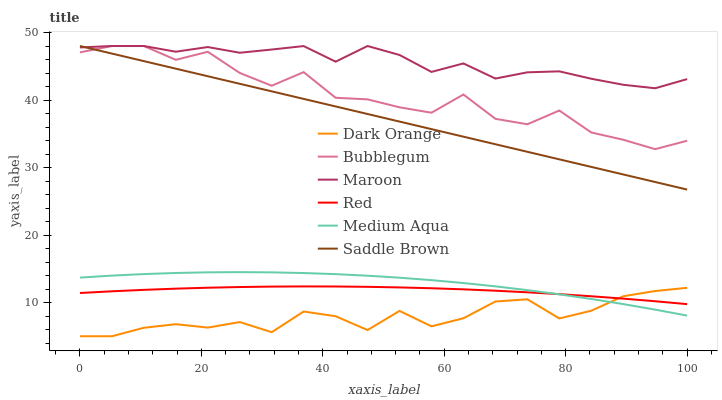
| xaxis_label | Dark Orange | Bubblegum | Maroon | Red | Medium Aqua | Saddle Brown |
 | --- | --- | --- | --- | --- | --- | --- |
 | 0 | 5 | 47.1 | 47.8 | 11.4 | 13.7 | 48 |
 | 5.26 | 5 | 48 | 48 | 11.7 | 14 | 46.9 |
 | 10.5 | 6.26 | 48 | 48 | 11.9 | 14.2 | 45.8 |
 | 15.8 | 6.79 | 46 | 47.2 | 12.1 | 14.4 | 44.6 |
 | 21.1 | 6.28 | 47.1 | 47.8 | 12.2 | 14.5 | 43.5 |
 | 26.3 | 7.1 | 44 | 47 | 12.3 | 14.5 | 42.4 |
 | 31.6 | 5.6 | 42.1 | 47.5 | 12.4 | 14.5 | 41.3 |
 | 36.8 | 8.66 | 44.1 | 48 | 12.4 | 14.4 | 40.2 |
 | 42.1 | 7.97 | 40.3 | 45.7 | 12.4 | 14.2 | 39 |
 | 47.4 | 5.92 | 40.1 | 48 | 12.3 | 14 | 37.9 |
 | 52.6 | 8.76 | 38.9 | 46.7 | 12.2 | 13.7 | 36.8 |
 | 57.9 | 6.47 | 38.1 | 44.2 | 12.1 | 13.3 | 35.7 |
 | 63.2 | 7.67 | 40.8 | 45.4 | 11.9 | 12.9 | 34.6 |
 | 68.4 | 10.1 | 37.2 | 43.2 | 11.7 | 12.4 | 33.4 |
 | 73.7 | 10.5 | 36.4 | 44.1 | 11.5 | 11.8 | 32.3 |
 | 78.9 | 7.64 | 38.4 | 44.2 | 11.2 | 11.2 | 31.2 |
 | 84.2 | 8.78 | 35.2 | 43.2 | 10.9 | 10.5 | 30.1 |
 | 89.5 | 10.9 | 34.1 | 42.3 | 10.6 | 9.77 | 29 |
 | 94.7 | 11.7 | 32.7 | 41.7 | 10.2 | 8.94 | 27.9 |
 | 100 | 12.2 | 34 | 43.1 | 9.76 | 8.06 | 26.7 |